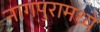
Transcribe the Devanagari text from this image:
नागपुरामध्ये